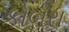
કોબરા